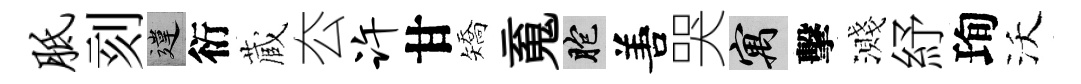
胝刻違衍蔵厺许甘矯䰟胞𠵊哭寓擊濺紓珣沃